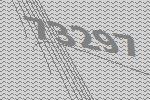
73297